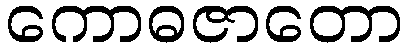
ကောဓဇာတော